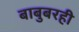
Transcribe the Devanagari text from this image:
बाबुबरही